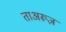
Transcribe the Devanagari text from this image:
ताअरूज़